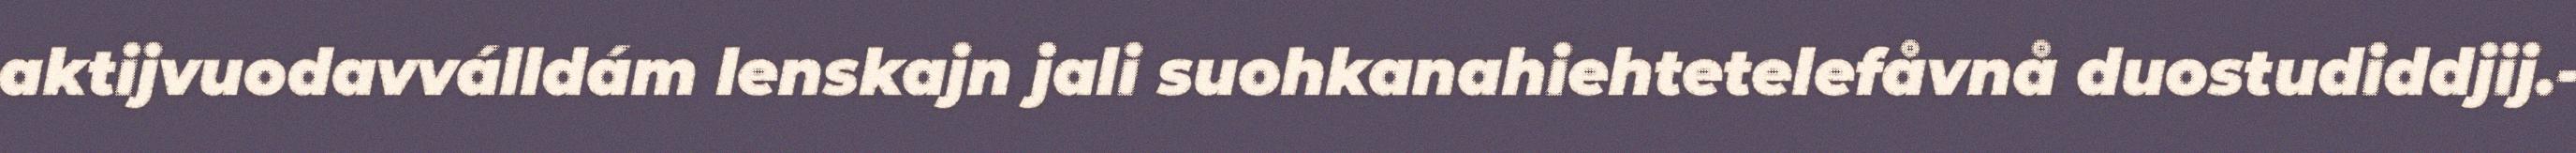
aktijvuodavválldám lenskajn jali suohkanahiehtetelefåvnå duostudiddjij.-